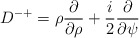
\begin{align*}D^{-+}= \rho \frac{\partial}{\partial \rho} +\frac{i}{2} \frac{\partial}{\partial \psi}\end{align*}